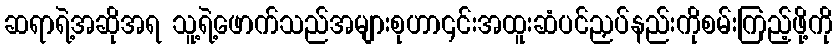
ဆရာရဲ့အဆိုအရ သူ့ရဲ့ဖောက်သည်အများစုဟာ၎င်းအထူးဆံပင်ညှပ်နည်းကိုစမ်းကြည့်ဖို့ကို